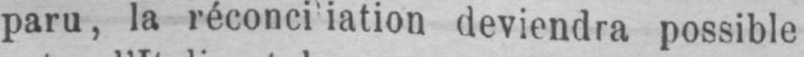
deviendra possible